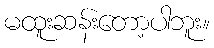
မထူးဆန်းတော့ပါဘူး။